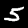
Digit: 5